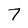
Character: 7